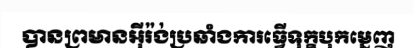
បានព្រមានអ៊ីរ៉ង់ប្រឆាំងការធ្វើទុក្ខបុកម្នេញ